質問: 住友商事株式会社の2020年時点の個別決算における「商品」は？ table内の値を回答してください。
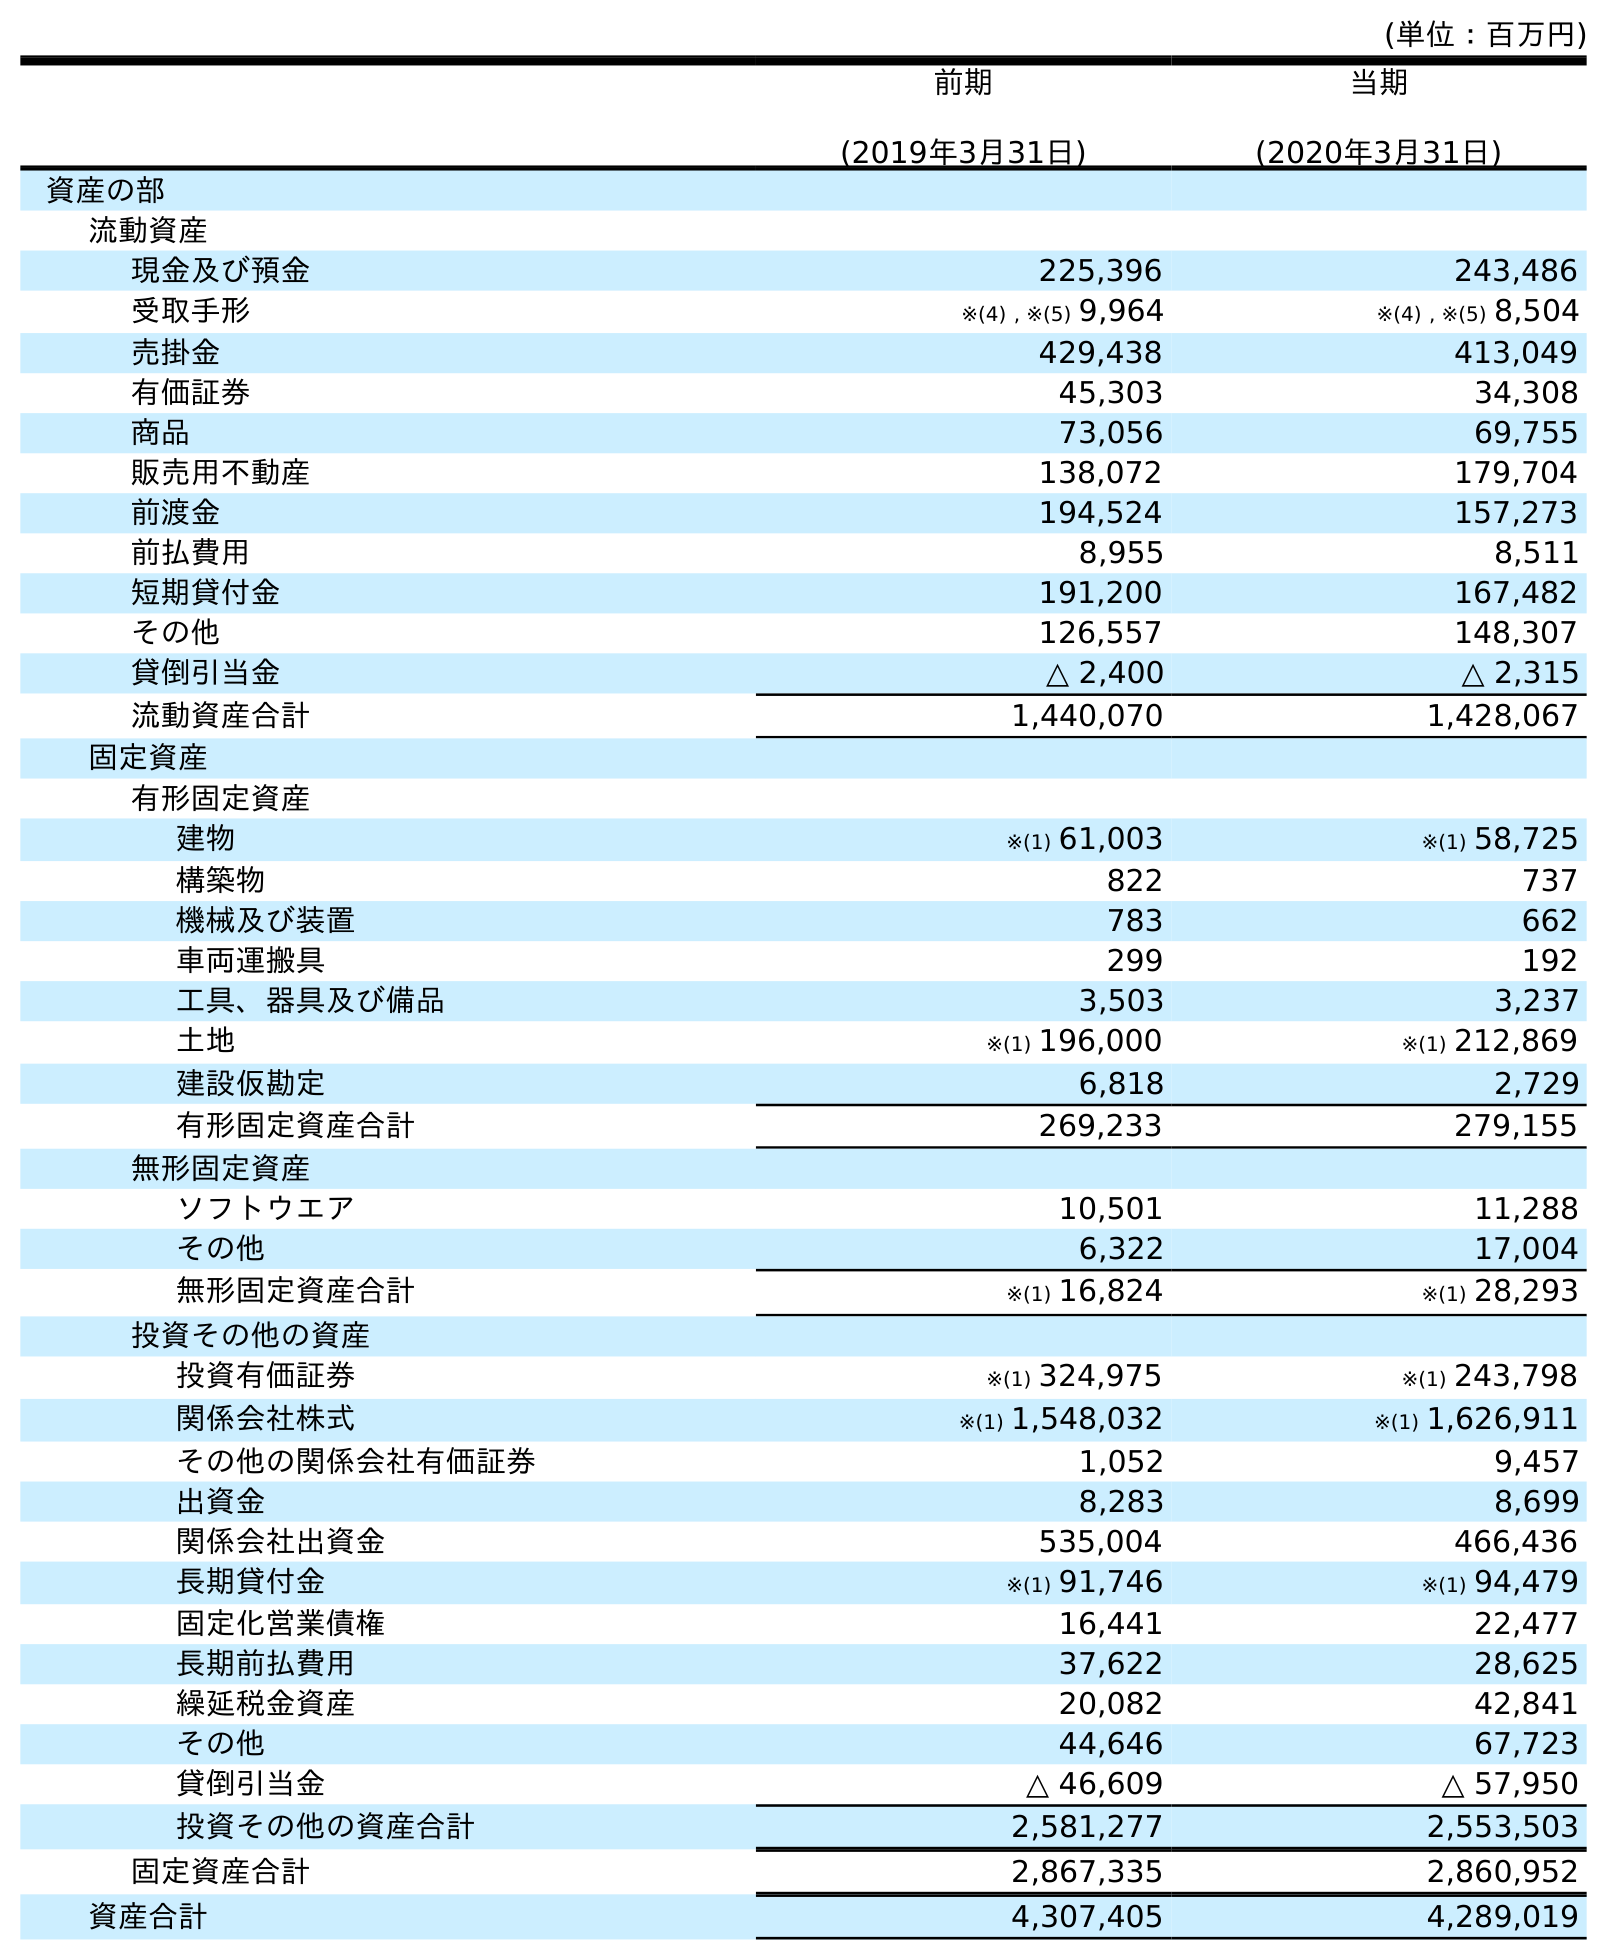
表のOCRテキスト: (単位：百万円) 前期 (2019年3月31日) 当期 (2020年3月31日) 資産の部 流動資産 現金及び預金 225,396 243,486 受取手形 ※(4) , ※(5) 9,964 ※(4) , ※(5) 8,504 売掛金 429,438 413,049 有価証券 45,303 34,308 商品 73,056 69,755 販売用不動産 138,072 179,704 前渡金 194,524 157,273 前払費用 8,955 8,511 短期貸付金 191,200 167,482 その他 126,557 148,307 貸倒引当金 △ 2,400 △ 2,315 流動資産合計 1,440,070 1,428,067 固定資産 有形固定資産 建物 ※(1) 61,003 ※(1) 58,725 構築物 822 737 機械及び装置 783 662 車両運搬具 299 192 工具、器具及び備品 3,503 3,237 土地 ※(1) 196,000 ※(1) 212,869 建設仮勘定 6,818 2,729 有形固定資産合計 269,233 279,155 無形固定資産 ソフトウエア 10,501 11,288 その他 6,322 17,004 無形固定資産合計 ※(1) 16,824 ※(1) 28,293 投資その他の資産 投資有価証券 ※(1) 324,975 ※(1) 243,798 関係会社株式 ※(1) 1,548,032 ※(1) 1,626,911 その他の関係会社有価証券 1,052 9,457 出資金 8,283 8,699 関係会社出資金 535,004 466,436 長期貸付金 ※(1) 91,746 ※(1) 94,479 固定化営業債権 16,441 22,477 長期前払費用 37,622 28,625 繰延税金資産 20,082 42,841 その他 44,646 67,723 貸倒引当金 △ 46,609 △ 57,950 投資その他の資産合計 2,581,277 2,553,503 固定資産合計 2,867,335 2,860,952 資産合計 4,307,405 4,289,019
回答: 69,755